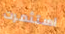
استثمرت